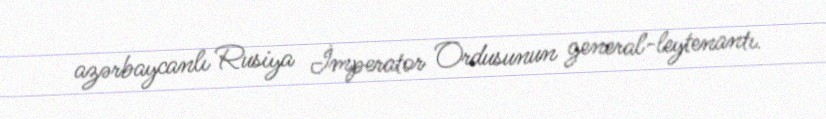
azərbaycanlı Rusiya İmperator Ordusunun general-leytenantı.